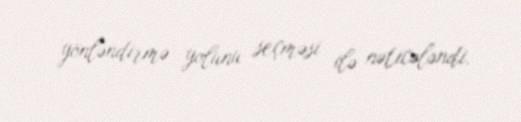
yönləndirmə yolunu seçməsi ilə nəticələndi.